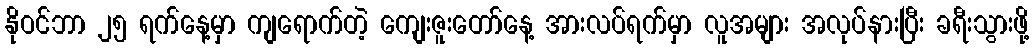
နိုဝင်ဘာ ၂၅ ရက်နေ့မှာ ကျရောက်တဲ့ ကျေးဇူးတော်နေ့ အားလပ်ရက်မှာ လူအများ အလုပ်နားပြီး ခရီးသွားဖို့